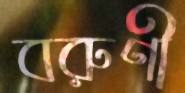
বরুণী